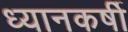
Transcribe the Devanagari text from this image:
ध्यानकर्षी